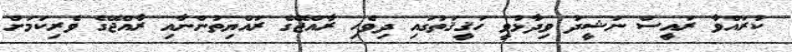
ކުރައްވާ ރައީސް ނަޝީދު ވިދާޅުވީ ހަޤީޤަތުގައި ދިވެހި ރާއްޖޭގެ ރައްޔިތުންނާއި ރާއްޖޭގެ ވެރިކަމަށް